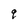
Character: 9